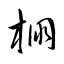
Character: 棚